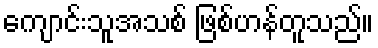
ကျောင်းသူအသစ် ဖြစ်ဟန်တူသည်။